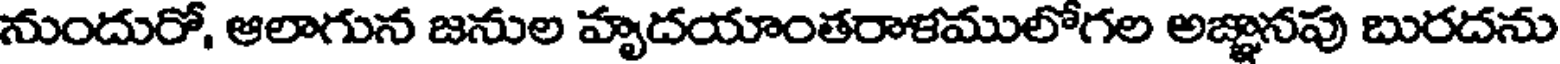
నుందురో, ఆలాగున జనుల హృదయాంతరాళములోగల అజ్ఞానపు బురదను